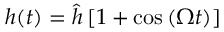
h ( t ) = \hat { h } \left[ 1 + \cos \left( \Omega t \right) \right]